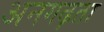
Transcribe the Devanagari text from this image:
अनगढ़ता